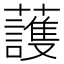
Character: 䕶